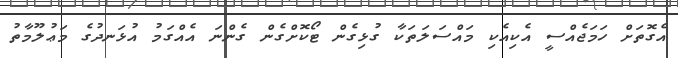
އެގޮތަށް ހަމަޖެއްސީ އެކިއެކި މައްސަލަތަކާ ގުޅިގެން ޓޯކޮށްގެން ގެންނަ އެއްގަމު އުޅަނދުގެ މަޢުލޫމާތު